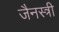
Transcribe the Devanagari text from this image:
जैनस्त्री